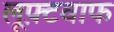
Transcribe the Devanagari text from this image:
लूफ़्टवाफ